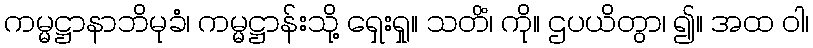
ကမ္မဋ္ဌာနာဘိမုခံ၊ ကမ္မဋ္ဌာန်းသို့ ရှေးရှု။ သတိံ၊ ကို။ ဌပယိတွာ၊ ၍။ အထ ဝါ၊